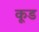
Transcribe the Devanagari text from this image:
कूड